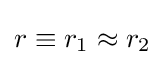
r\equiv r_{1}\approx r_{2}